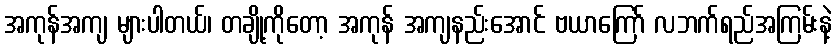
အကုန်အကျ များပါတယ်၊ တချို့ကိုတော့ အကုန် အကျနည်းအောင် ဗယာကြော် လဘက်ရည်အကြမ်းနဲ့